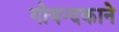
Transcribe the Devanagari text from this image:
गोयन्‍दकाने